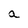
Character: a